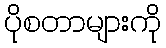
ပိုစတာများကို